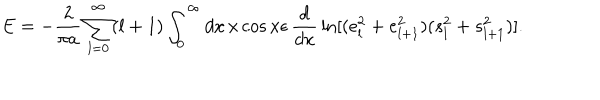
E = - { \frac { 2 } { \pi a } } \sum _ { l = 0 } ^ { \infty } ( l + 1 ) \int _ { 0 } ^ { \infty } d x \, x \cos x \epsilon \, { \frac { d } { d x } } \ln [ ( e _ { l } ^ { 2 } + e _ { l + 1 } ^ { 2 } ) ( s _ { l } ^ { 2 } + s _ { l + 1 } ^ { 2 } ) ] .